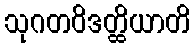
သုဂတဝိဒတ္ထိယာတိ